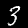
Digit: 3